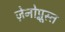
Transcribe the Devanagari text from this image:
ज़ेनोप्नूस्त